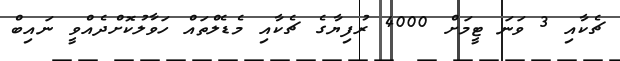
ޗެކާއި 3 ވަނަ ޓީމަށް 4000 ރުފިޔާގެ ޗެކާއި މެޑެލްތައް ހަވާލުކޮށްދެއްވީ ނައިބް